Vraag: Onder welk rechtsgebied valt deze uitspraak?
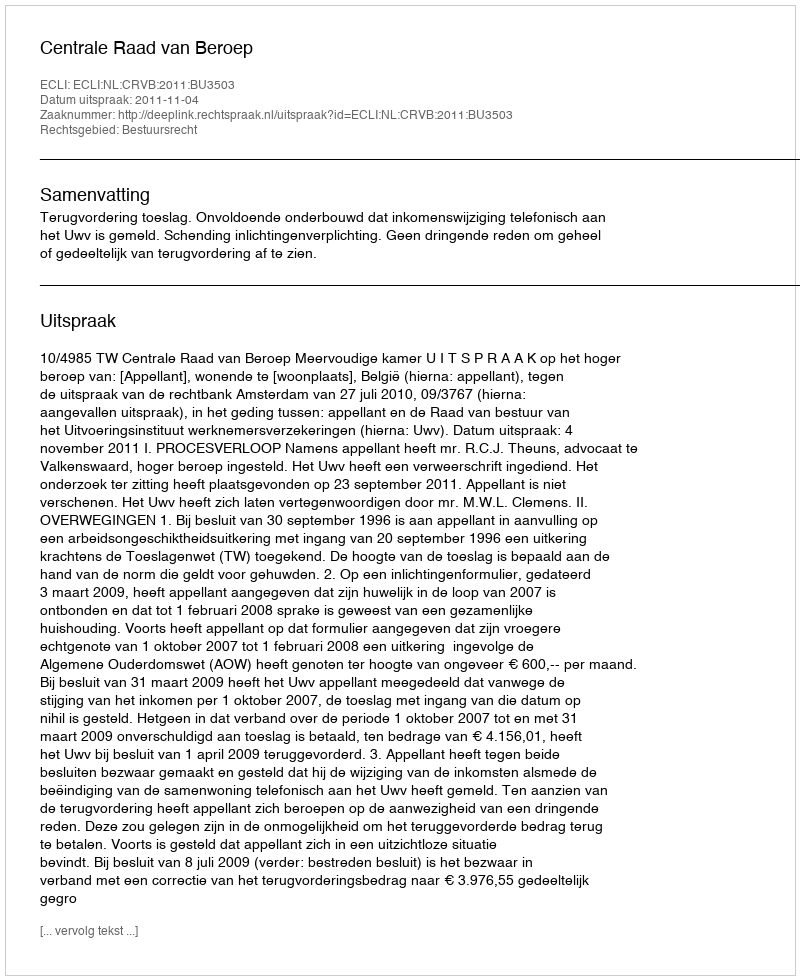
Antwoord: Bestuursrecht